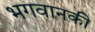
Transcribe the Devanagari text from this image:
भगवानकी